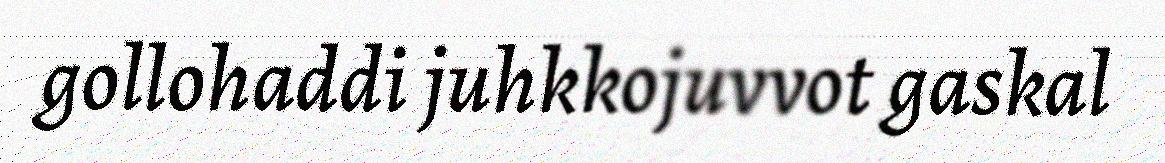
gollohaddi juhkkojuvvot gaskal